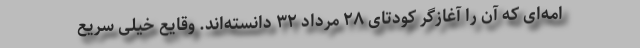
امه‌ای که آن را آغازگر کودتای ۲۸ مرداد ۳۲ دانسته‌اند. وقایع خیلی سریع